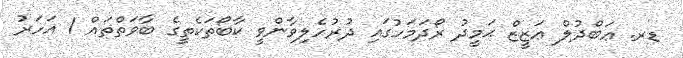
ޑރ. ޢަބްދުލް ޢަޒީޒް ޙަމީދު ރޯދަމަހުގައި ދުރުހެލިވާންވީ ކާބޯތަކެތީގެ ބާވަތްތައް 1 އަހަރު